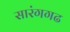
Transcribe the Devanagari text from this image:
सारंगगढ